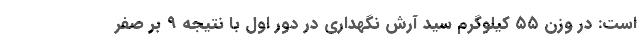
است: در وزن ۵۵ کیلوگرم سید آرش نگهداری در دور اول با نتیجه ۹ بر صفر